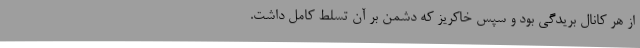
از هر کانال بریدگی بود و سپس خاکریز که دشمن بر آن تسلط کامل داشت.